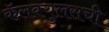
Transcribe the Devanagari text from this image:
कॅलक्युलसची